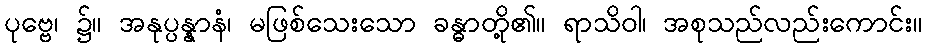
ပုဗ္ဗေ၊ ၌။ အနုပ္ပန္နာနံ၊ မဖြစ်သေးသော ခန္ဓာတို့၏။ ရာသိဝါ၊ အစုသည်လည်းကောင်း။